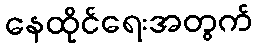
နေထိုင်ရေးအတွက်